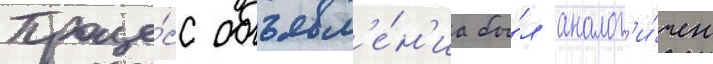
Проце́сс объявл'е́н'иа бы́л аналог'и́чен